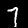
Digit: 7